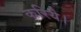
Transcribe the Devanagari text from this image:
करिये।